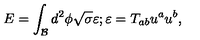
E = \int _ { \mathcal { B } } d ^ { 2 } \phi \sqrt { \sigma } \varepsilon ; \varepsilon = T _ { a b } u ^ { a } u ^ { b } ,